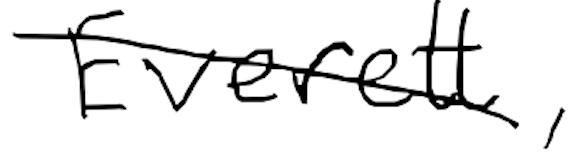
Text: Everett,
Cross-out: diagonal
Writing tool: digital_black